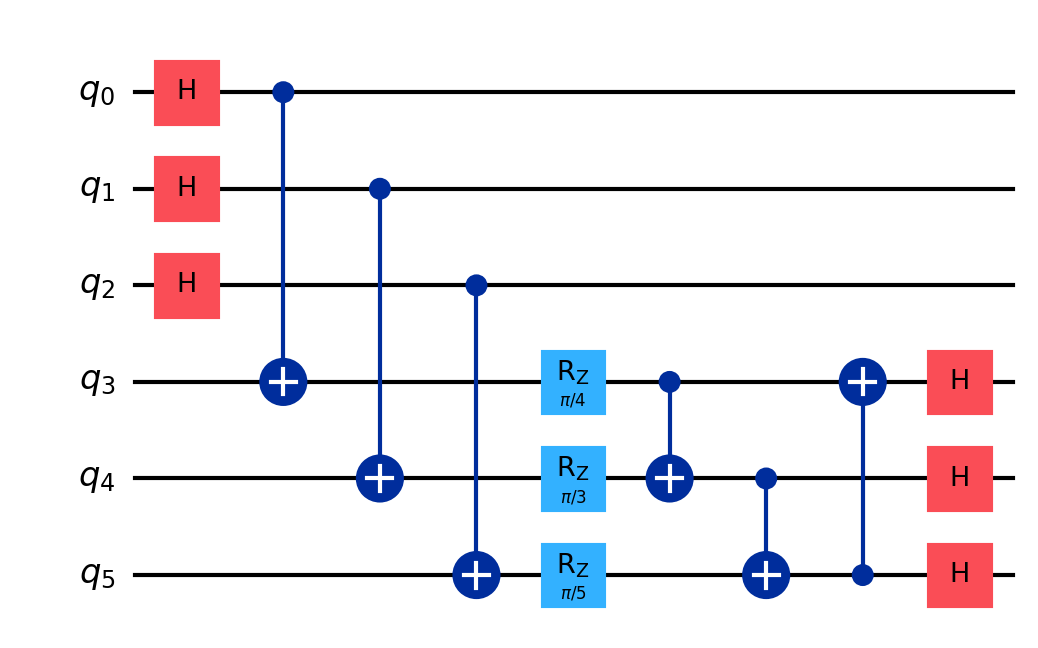
Description: Lattice-inspired quantum hash circuit
描述: 格基启发的量子哈希电路
Category: blockchain_extended (difficulty: advanced)
Qubits: 6, circuit depth: 7
Blockchain relevance: extended_protocol

Braket implementation:
import math
from braket.circuits import Circuit
circuit = Circuit()
circuit.h(0).h(1).h(2)
circuit.cnot(0, 3).cnot(1, 4).cnot(2, 5)
circuit.rz(3, math.pi/4).rz(4, math.pi/3).rz(5, math.pi/5)
circuit.cnot(3, 4).cnot(4, 5).cnot(5, 3)
circuit.h(3).h(4).h(5)

Qiskit implementation:
import math
from qiskit import QuantumCircuit
circuit = QuantumCircuit(6)
circuit.h(0).h(1).h(2)
circuit.cx(0, 3).cx(1, 4).cx(2, 5)
circuit.rz(math.pi/4, 3).rz(math.pi/3, 4).rz(math.pi/5, 5)
circuit.cx(3, 4).cx(4, 5).cx(5, 3)
circuit.h(3).h(4).h(5)